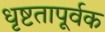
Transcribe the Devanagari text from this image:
धृष्टतापूर्वक